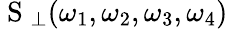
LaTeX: \mathrm{~S~}_{\perp}(\omega_{1},\omega_{2},\omega_{3},\omega_{4})